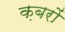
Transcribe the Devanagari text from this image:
क़बरों